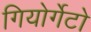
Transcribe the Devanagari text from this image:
गियोर्गेटो